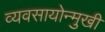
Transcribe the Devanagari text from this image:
व्यवसायोन्मुखी